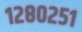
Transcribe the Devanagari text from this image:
१२८०२५१